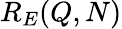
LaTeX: R_{E}(Q,N)